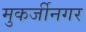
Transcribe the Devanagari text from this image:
मुकर्जीनगर